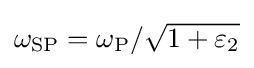
\omega _{\rm {SP}}=\omega _{\rm {P}}/{\sqrt {1+\varepsilon _{2}}}